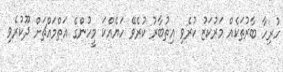
ހުރިހާ ބާރުތަކެއް މަރުކަޒު ކުރެވި އިތުބާރު ކުރެވޭ ހަޔެއްކަ މީހުންގެ އަތްމައްޗަށް ދޫކުރެވި